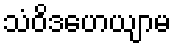
သံဝိဒဟေယျာမ